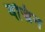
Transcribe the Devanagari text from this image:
वज्रिन